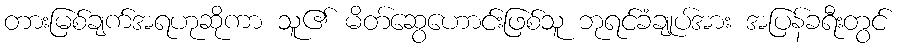
တားမြစ်ချက်အရဟုဆိုကာ သူ၏ မိတ်ဆွေဟောင်းဖြစ်သူ ဘုရင်ခံချုပ်အား အပြန်ခရီးတွင်